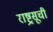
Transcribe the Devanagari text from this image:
राष्ट्रसूची